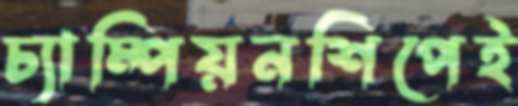
চ্যাম্পিয়নশিপেই